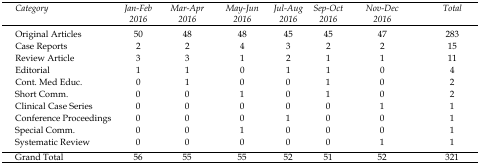
| Category | Jan-Feb 2016 | Mar-Apr 2016 | May-Jun 2016 | Jul-Aug 2016 | Sep-Oct 2016 | Nov-Dec 2016 | Total |
 | --- | --- | --- | --- | --- | --- | --- | --- |
 | Original Articles | 50 | 48 | 48 | 45 | 45 | 47 | 283 |
 | Case Reports | 2 | 2 | 4 | 3 | 2 | 2 | 15 |
 | Review Article | 3 | 3 | 1 | 2 | 1 | 1 | 11 |
 | Editorial | 1 | 1 | 0 | 1 | 1 | 0 | 4 |
 | Cont. Med Educ. | 0 | 1 | 0 | 0 | 1 | 0 | 2 |
 | Short Comm. | 0 | 0 | 1 | 0 | 1 | 0 | 2 |
 | Clinical Case Series | 0 | 0 | 0 | 0 | 0 | 1 | 1 |
 | Conference Proceedings | 0 | 0 | 0 | 1 | 0 | 0 | 1 |
 | Special Comm. | 0 | 0 | 1 | 0 | 0 | 0 | 1 |
 | Systematic Review | 0 | 0 | 0 | 0 | 0 | 1 | 1 |
 | Grand Total | 56 | 55 | 55 | 52 | 51 | 52 | 321 |